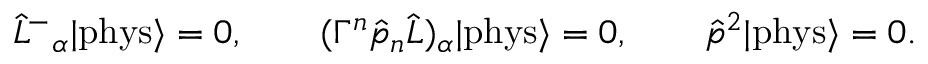
\hat { L } ^ { - } { } _ { \alpha } | \mathrm { p h y s } \rangle = 0 , \qquad ( \Gamma ^ { n } \hat { p } _ { n } \hat { L } ) _ { \alpha } | \mathrm { p h y s } \rangle = 0 , \qquad \hat { p } ^ { 2 } | \mathrm { p h y s } \rangle = 0 . \qquad